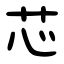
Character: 芯